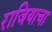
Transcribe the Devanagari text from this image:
राजियाचा